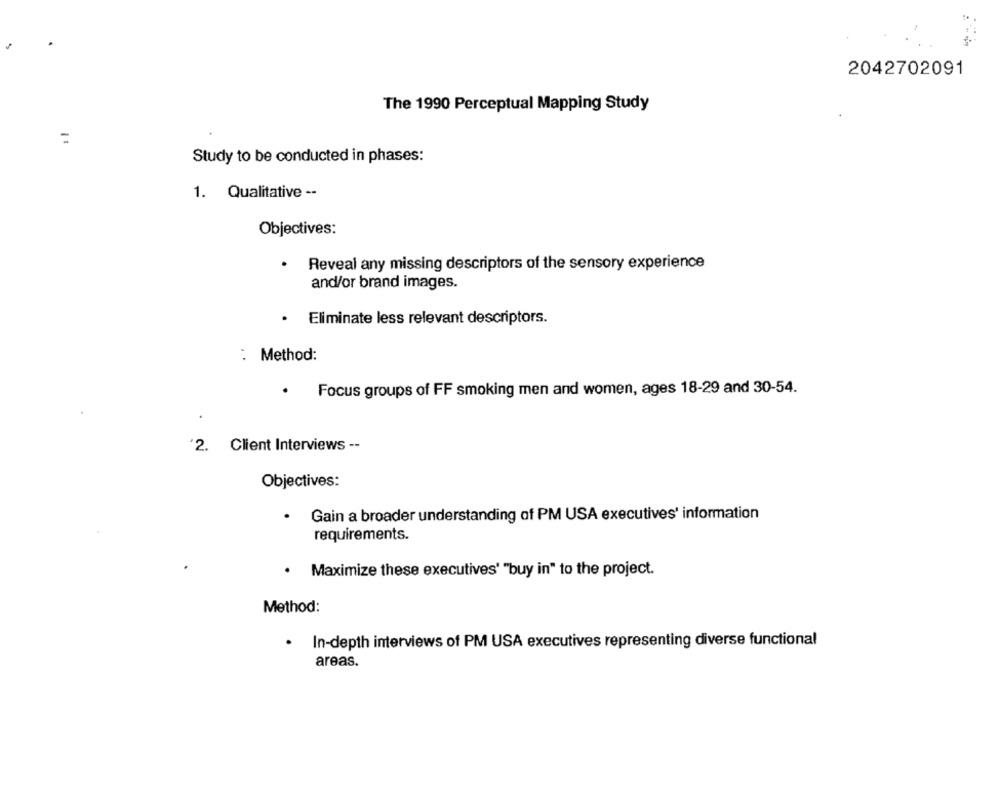
2042702091
The 1990 Perceptual Mapping Study
:
Study to be conducted in phases:
1. Qualitative --
Objectives:
Reveal any missing descriptors of the sensory experience
and/or brand images.
Eliminate less relevant descriptors.
: Method:
.
Focus groups of FF smoking men and women, ages 18-29 and 30-54.
2. Client Interviews --
Objectives:
.
Gain a broader understanding of PM USA executives' information
requirements.
· Maximize these executives' "buy in" to the project.
Method:
· In-depth interviews of PM USA executives representing diverse functional
areas.